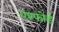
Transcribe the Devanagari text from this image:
एश्फोर्ड